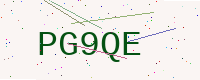
Text: PG9QE